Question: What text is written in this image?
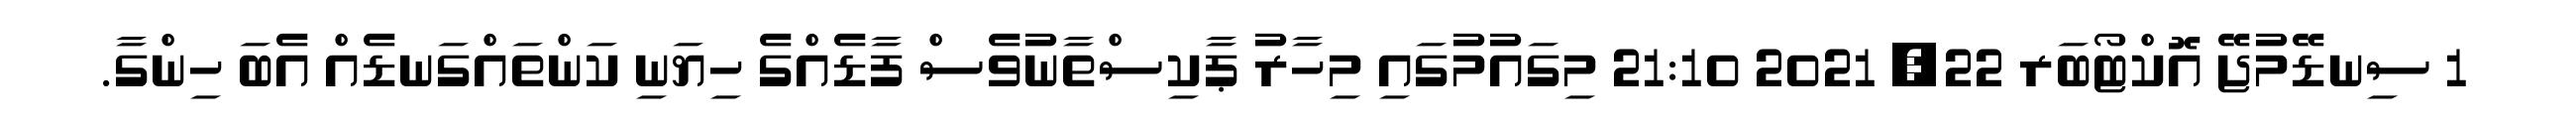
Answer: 1 ސިނޑޭމުޖޭ އޮކްޓޯބަރ 22, 2021 21:10 މިގައުމުގައި މިހާރު ޕާކިސްތާނުވެސް ފާޑެއްގެ ހިޔަނި ކަންތައްގަނޑެއް އެބަ ހިންގާ.